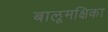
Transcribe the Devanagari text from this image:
बालूमक्षिका